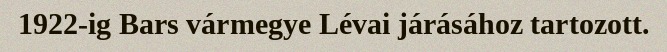
1922-ig Bars vármegye Lévai járásához tartozott.